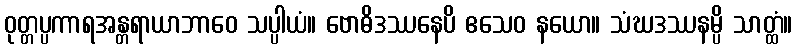
ဝုတ္တပ္ပကာရအန္တရာယာဘာဝေ သပ္ပါယံ။ ဗောဓိဒဿနေပိ ဧသေဝ နယော။ သံဃဒဿနမ္ပိ သာတ္ထံ။